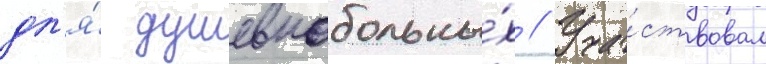
дл'я́ душевнобольны́х // Уча́ствовал